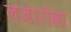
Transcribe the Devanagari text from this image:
लजारोवा